Calcutta medical institutions reports 1892-1900
Year: 1892
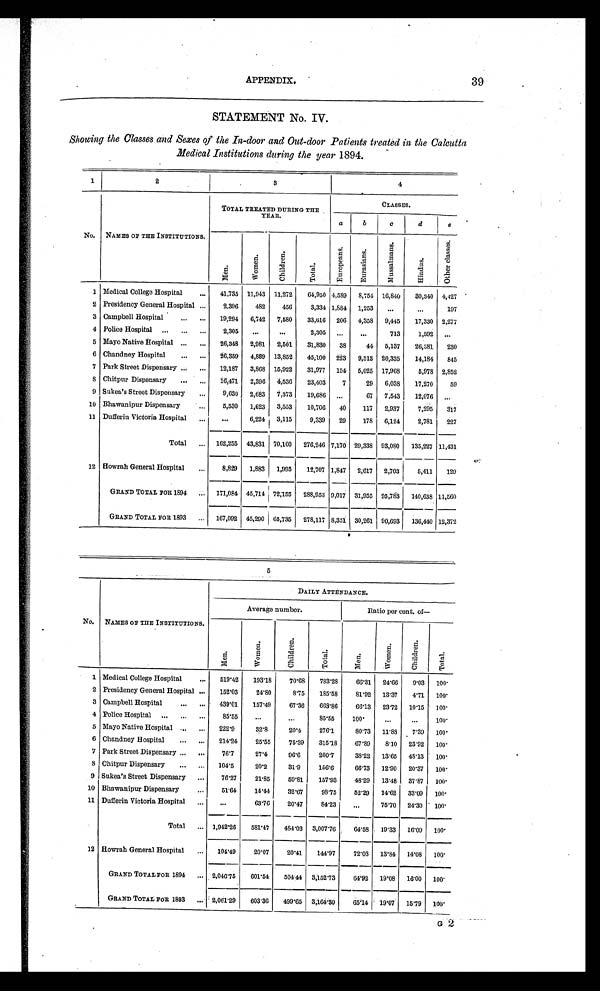
APPENDIX.
39
STATEMENT No. IV.
Showing the Classes and Sexes of the In-door and Out-door Patients treated in the Calcutta
Medical Institutions during the year 1894.
1
2
3
4
No.
NAMES OF THE INSTITUTIONS.
TOTAL TREATED DURING THE
YEAR.
CLASSES.
a
b
c
d
e
M e n .
W o m e n .
C h i l d r e n .
T o t a l .
E u r o p e a n s .
E u r a s i a n s .
M u s s a l m a n s .
H i n d u s . O t h e r c l a s s e s .
1 Medical College Hospital . . .
41,735
11,943 11,272
64,950 4,589
8,754 16,840
30,340
4,427
2 Presidency General Hospital . . .
2,396
482
456
3,334 1,884
1,253
. . .
. . .
197
3 Campbell Hospital . . .
19,294
6,742
7,580
33,616
206
4,358
9,445
17,330 2,277
4 Police Hospital . . .
2,305
. . .
. . .
2,305
. . .
. . .
713
1,592
. . .
5 Mayo Native Hospital . . .
26,348
2,981
2,501
31,830
38
44
5,137
26,381
230
6 Chandney Hospital . . .
26,359
4,889
13,852
45,100
223
9,513 20,335
14,184
845
7 Park Street Dispensary . . .
12,187
3,868 15,922
31,977
154
5,025 17,968
5,978 2,852
8 Chitpur Dispensary . . .
16,471
2,396
4,536
23,403
7
29
6,038
17,270
59
9 Sukea's Street Dispensary . . .
9,630
2,683
7,373
19,686
. . .
67
7,543
12,076
. . .
10 Bhawanipur Dispensary . . .
5,530
1,623
3,553
10,706
40
117
2,937
7,295
317
11 Dufferin Victoria Hospital . . .
. . .
6,224
3,115
9,339
29
178
6,124
2,781
227
Total . . .
162,255
43,831 70,160
276,246 7,170 29,338 93,080
135,227 11,431
12 Howrah General Hospital . . .
8,829
1,883
1,995
12,707 1,847
2,617
2,703
5,411
129
GRAND TOTAL FOR 1894 . . .
171,084 45,714 72,155
288,953 9,017
31,955 95,783
140,638 11,560
GRAND TOTAL FOR 1893 . . .
167,092 45,290 65,735
278,117 8,351 30,261 90,693
136,440 12,372
5
No.
NAMES OF THE INSTITUTIONS.
DAILY ATTENDANCE.
Average number.
Ratio per cent. of
—
Men.
Women.
Chi l dr e n.
Total.
Men.
Women.
Chi l dr en.
Total.
1 Medical College Hospital . . .
519.42
193.18
70.68
783.28
66.31
24.66
9.03
100.
2 Presidency General Hospital . . .
152.03
24.80
8.75
185.58
81.92
13.37
4.71
100.
3 Campbell Hospital . . .
439.01
157.49
67.36
663.86
66.13
23.72
10.15
100.
4 Police Hospital . . .
85.55
. . .
. . .
85.55
100.
. . .
. . .
100.
5 Mayo Native Hospital . . .
222.9
32.8
20.4
276.1
80.73
11.88
7.39
100.
6 Chandney Hospital . . .
214.24
25.55
75.39
315.18
67.89
8.10
23.92
100.
7 Park Street Dispensary . . .
76.7
27.4
96.6
200.7
38.22
13.65
48.13
100.
8 Chitpur Dispensary . . .
104.5
20.2
31.9
156.6
66.73
12.90
20.37
100.
9 Sukea's Street Dispensary . . .
76.27
21.85
59.81
157.93
48.29
13.48
37.87
100.
10 Bhawanipur Dispensary . . .
51.64
14.44
32.67
98.75
52.29
14.62
33.09
100.
11 Dufferin Victoria Hospital . . .
. . .
63.76
20.47
84.23
. . .
75.70
24.30
100.
Total . . .
1,942.26
581.47
484.03
3,007.76
64.58
19.33
16.09
100.
12 Howrah General Hospital . . .
104.49
20.07
20.41
144.97
72.08
13.84
14.08
100.
GRAND TOTAL FOR 1894 . . .
2,046.75
601.54
504.44
3,152.73
64.92
19.08
16.00
100.
GRAND TOTAL FOR 1893 . . .
2,061.29
603.36
499.65
3,164.30
65.14
19.07
15.79
100.
G 2